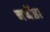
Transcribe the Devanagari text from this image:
चचेंडा